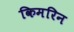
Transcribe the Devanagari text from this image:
किमरिन